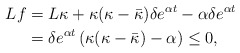
\begin{align*} Lf & =L\kappa + \kappa(\kappa - \bar\kappa)\delta e^{\alpha t} - \alpha \delta e^{\alpha t}\\& = \delta e^{\alpha t} \left( \kappa(\kappa - \bar\kappa) - \alpha\right)\leq 0, \end{align*}